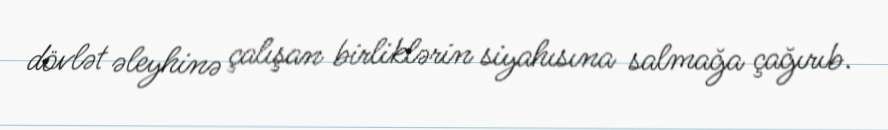
dövlət əleyhinə çalışan birliklərin siyahısına salmağa çağırıb.